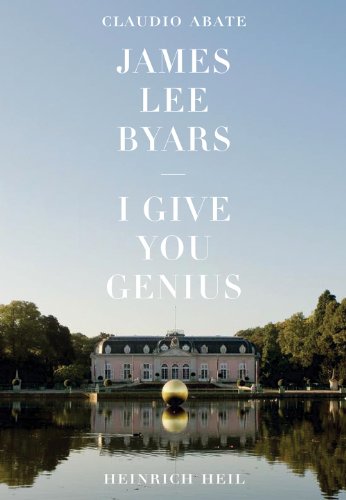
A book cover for James Lee Byars: I Give You Genius; Heinrich Heil; Arts & Photography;